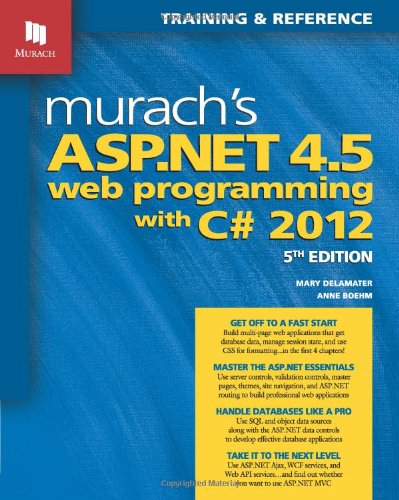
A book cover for Murach's ASP.NET 4.5 Web Programming with C# 2012 (Murach: Training & Reference); Mary Delamater; Computers & Technology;